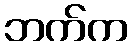
ဘက်က